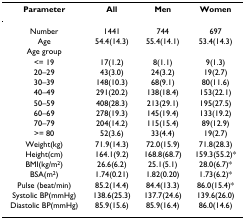
| Parameter | All | Men | Women |
 | --- | --- | --- | --- |
 | Number | 1441 | 744 | 697 |
 | Age | 54.4(14.3) | 55.4(14.1) | 53.4(14.3) |
 | Age group |  |  |  |
 | <= 19 | 17(1.2) | 8(1.1) | 9(1.3) |
 | 20–29 | 43(3.0) | 24(3.2) | 19(2.7) |
 | 30–39 | 148(10.3) | 68(9.1) | 80(11.6) |
 | 40–49 | 291(20.2) | 138(18.4) | 153(22.1) |
 | 50–59 | 408(28.3) | 213(29.1) | 195(27.5) |
 | 60–69 | 278(19.3) | 145(19.4) | 133(19.2) |
 | 70–79 | 204(14.2) | 115(15.4) | 89(12.9) |
 | >= 80 | 52(3.6) | 33(4.4) | 19(2.7) |
 | Weight(kg) | 71.9(14.3) | 72.0(15.9) | 71.8(28.3) |
 | Height(cm) | 164.1(9.2) | 168.8(68.7) | 159.3(55.2)* |
 | BMI(kg/m2) | 26.6(6.2) | 25.1(5.1) | 28.0(6.7)* |
 | BSA(m2) | 1.74(0.21) | 1.82(0.20) | 1.73(6.2)* |
 | Pulse (beat/min) | 85.2(14.4) | 84.4(13.3) | 86.0(15.4)* |
 | Systolic BP(mmHg) | 138.6(25.3) | 137.7(24.6) | 139.6(26.0) |
 | Diastolic BP(mmHg) | 85.9(15.6) | 85.9(16.4) | 86.0(14.6) |